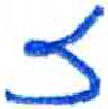
אות: ז